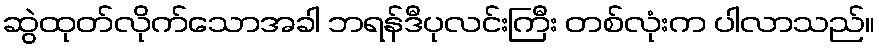
ဆွဲထုတ်လိုက်သောအခါ ဘရန်ဒီပုလင်းကြီး တစ်လုံးက ပါလာသည်။